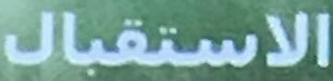
الاستقبال